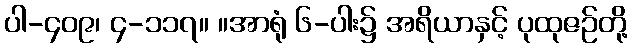
ပါ-၄၀၉၊ ၄-၁၁၇။ ။အာရုံ ၆-ပါး၌ အရိယာနှင့် ပုထုဇဉ်တို့